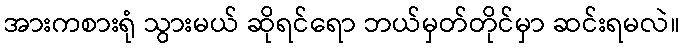
အားကစားရုံ သွားမယ် ဆိုရင်ရော ဘယ်မှတ်တိုင်မှာ ဆင်းရမလဲ။